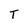
Character: T